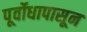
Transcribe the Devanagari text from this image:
पूर्वोधापासून